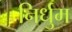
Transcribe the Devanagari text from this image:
निर्धुम